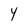
Character: Y